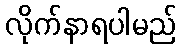
လိုက်နာရပါမည်